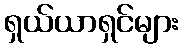
ရှယ်ယာရှင်များ